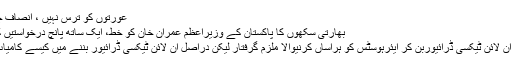
عورتوں کو ترس نہیں ، انصاف چاہئے
بھارتی سکھوں کا پاکستان کے وزیراعظم عمران خان کو خط، ایک ساتھ پانچ درخواستیں کردیں
جعلی آن لائن ٹیکسی ڈرائیوربن کر ایئرہوسٹس کو ہراساں کرنیوالا ملزم گرفتار لیکن دراصل آن لائن ٹیکسی ڈرائیور بننے میں کیسے کامیاب ہوا؟